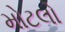
મોટલો